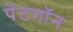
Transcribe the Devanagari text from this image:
पेंटगॉन